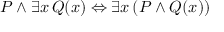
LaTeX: P \land \exists x \, Q ( x ) \Leftrightarrow \exists x \, ( P \land Q ( x ) )